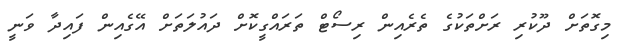
މިގޮތަށް ދޫކުރި ރަށްތަކުގެ ތެރެއިން ރިސޯޓް ތަރައްގީކޮށް ދައުލަތަށް އޭގެއިން ފައިދާ ވަނީ